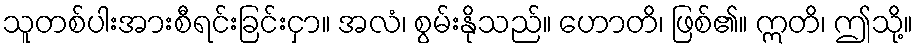
သူတစ်ပါးအားစီရင်းခြင်းငှာ။ အလံ၊ စွမ်းနိုသည်။ ဟောတိ၊ ဖြစ်၏။ ဣတိ၊ ဤသို့။